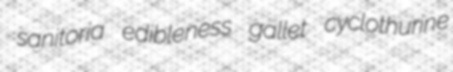
sanitoria edibleness gallet cyclothurine